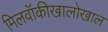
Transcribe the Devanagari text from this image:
मिलवॉकीखालोखाल